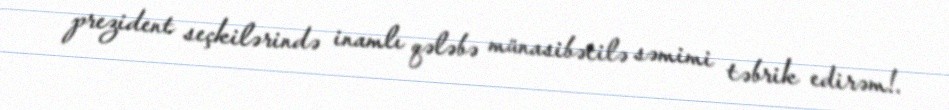
prezident seçkilərində inamlı qələbə münasibətilə səmimi təbrik edirəm!.